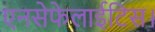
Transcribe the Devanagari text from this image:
एनसेफेलाईटिस।